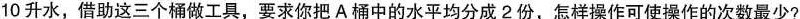
10升水，借助这三个桶做工具，要求你把A桶中的水平均分成2份，怎样操作可使操作的次数最少?